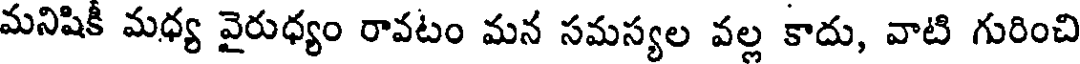
మనిషికీ మధ్య వైరుధ్యం రావటం మన సమస్యల వల్ల కాదు, వాటి గురించి